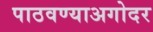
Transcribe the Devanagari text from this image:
पाठवण्याअगोदर